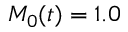
M _ { 0 } ( t ) = 1 . 0